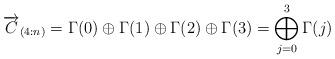
LaTeX: \begin{align*}\overrightarrow{C}_{(4:n)}=\Gamma(0)\oplus \Gamma(1) \oplus \Gamma(2) \oplus \Gamma(3)=\bigoplus_{j=0}^3 \Gamma(j)\end{align*}